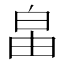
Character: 𤽙